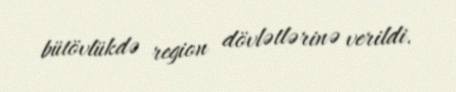
bütövlükdə region dövlətlərinə verildi.